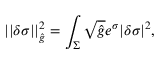
| | \delta \sigma | | _ { \hat { g } } ^ { 2 } = \int _ { \Sigma } \sqrt { \hat { g } } e ^ { \sigma } | \delta \sigma | ^ { 2 } ,